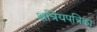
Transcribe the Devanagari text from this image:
क्षत्रियपत्रिका